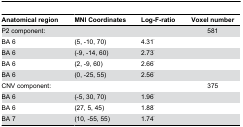
<table><thead><tr><td><b>Anatomical region</b></td><td><b>MNI Coordinates</b></td><td><b>Log-F-ratio</b></td><td><b>Voxel number</b></td></tr></thead><tbody><tr><td colspan="3">P2 component:</td><td>581</td></tr><tr><td>BA 6</td><td>(5, -10, 70)</td><td>4.31<sup>*</sup></td><td></td></tr><tr><td>BA 6</td><td>(-9, -14, 60)</td><td>2.73<sup>*</sup></td><td></td></tr><tr><td>BA 6</td><td>(2, -9, 60)</td><td>2.66<sup>*</sup></td><td></td></tr><tr><td>BA 6</td><td>(0, -25, 55)</td><td>2.56<sup>*</sup></td><td></td></tr><tr><td colspan="3">CNV component:</td><td>375</td></tr><tr><td>BA 6</td><td>(-5, 30, 70)</td><td>1.96<sup>*</sup></td><td></td></tr><tr><td>BA 6</td><td>(27, 5, 45)</td><td>1.88<sup>*</sup></td><td></td></tr><tr><td>BA 7</td><td>(10, -55, 55)</td><td>1.74<sup>*</sup></td><td></td></tr></tbody></table>